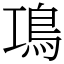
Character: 䲨